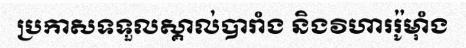
ប្រកាសទទួលស្គាល់បារាំង និងវិហាររ៉ូម៉ាំង